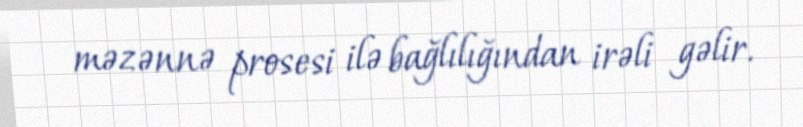
məzənnə prosesi ilə bağlılığından irəli gəlir.